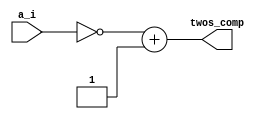
`timescale 1ns / 1ps
//////////////////////////////////////////////////////////////////////////////////
// Company: 
// Engineer: 
// 
// Design Name: 
// Module Name: Complement
// Project Name: 
// Target Devices: 
// Tool Versions: 
// Description: 
// 
// Dependencies: 
// 
// Revision:
// Revision 0.01 - File Created
// Additional Comments:
// 
//////////////////////////////////////////////////////////////////////////////////
module Complement (

  input wire  [31:0] a_i,
  output wire [31:0] twos_comp
  );
  
  assign twos_comp = ~a_i + 1'b1;

endmodule